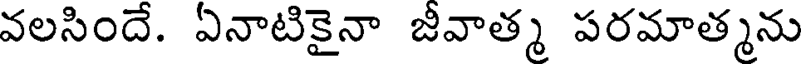
వలసిందే. ఏనాటికైనా జీవాత్మ పరమాత్మను